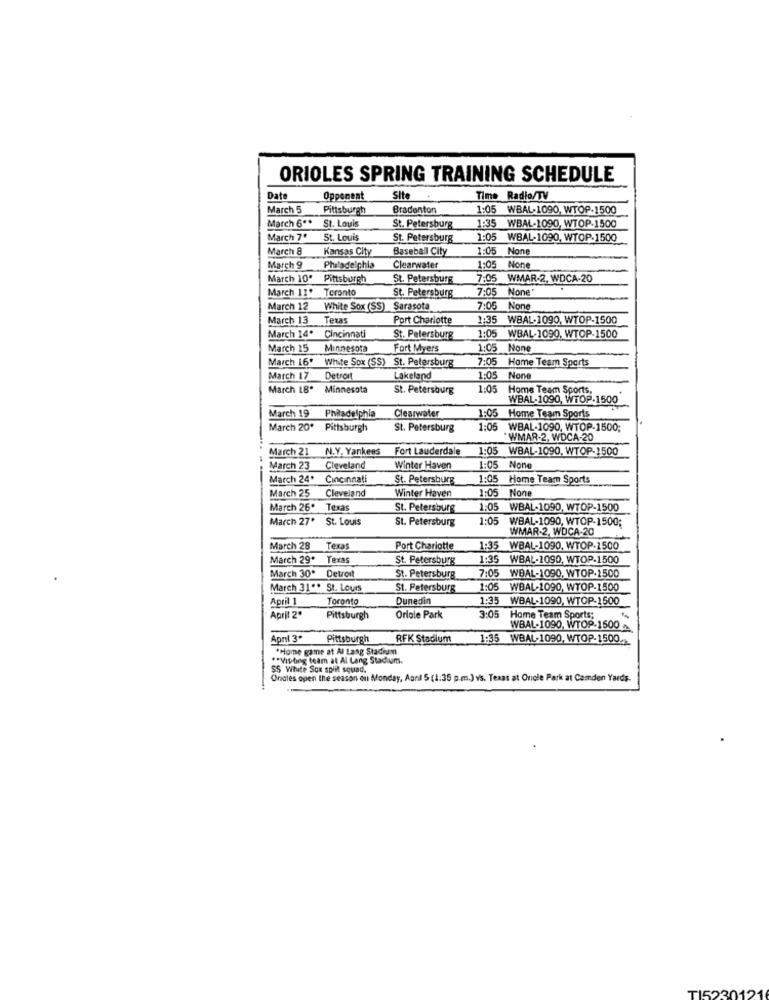
ORIOLES SPRING TRAINING SCHEDULE
Date
Opponent
Site
Time Radio/TV
March 5
Pittsburgh
Bradenton
1:05
WBAL-1090, WTOP-1500
March 6 **
St. Louis
St. Petersburg
1:35 WBAL-1090, WTOP-1500
March 7'
St. Louis
St. Petersburg
1:05
WBAL-1090, WTOP-1500
March 8
Kansas City
Baseball City
1:05
March 9
Philadelphia
Clearwater
1:05
March 10'
Pittsburgh
St. Petersburg
7:05
WMAR-2, WDCA.20
March 11. Toronto
7:05
St. Petersburg
March 12
White Sox (SS) Sarasota
7:05
March 13
Texas
Port Charlotte
1:35
WBAL-1090, WTOP-1500
March 14.
Cincinnati
St. Petersburg
1:05 WBAL-1090. WTOP-1500
March 25
Minnesota
Fort Myers
1:05 None
March 16º
White Sox (SS) St. Petersburg
7:05
Home Team Sports
March 17
Detroit
Lakeland
1:05 None
March 18º
Minnesota
St. Petersburg
1:05
1:05 Home Team Sports,
WBAL-1090, WTOP-1500
Philadelphia
March 19
Clearwater
1:05
Home Team Sports
March 20"
Pittsburgh
St. Petersburg
1:05 WBAL-1090, WTOP-1500;
WMAR-2, WDCA-20
March 21
N.Y. Yankees
Fort Lauderdale
1:05 WBAL-1090, WTOP-1500
March 23
Cleveland
Winter Haven
1:05
March 24'
Cincinnati
St. Petersburg
1:05
Home Team Sports
1:05
March 25
Cleveland
Winter Haven
March 26. Texas
St. Petersburg
1:05 WBAL-1090, WTOP-1500
March 27' St. Louis
St. Petersburg
1:05
WBAL-1090, WTOP-1500;
WMAR-2. WDCA-20
March 28
Texas
Port Charlotte
1:35
WBAL-1090, WTOP-1500
March 29*
Texas
St. Petersburg
1:35 WBAL-1090, WTOP-1500
March 30*
7:05
Detroit
St. Petersburg
WBAL-1090, WTOP-1500
March 31 .. St. Lours
St. Petersburg
1:05
WBAL-1090, WTOP-1500
April 1
Toronto
Dunedin
1:35
WBAL-1090, WTOP-1500
3:05
April 2º
Pittsburgh
Orlole Park
Home Team Sports;
WBAL-1090, WTOP-1600
April 3*
Pittsburgh
RFK Stadium
1:35 WBAL-1090, WTOP-1500.
*Home game at Al Lang Stadium
** Vithing team at Al Lang Stadium.
Ondles open the season on Monday, Aonl 5 (1:35 p.m.) v's. Texas at Oncle Park at Camden Yards.
TI5230121